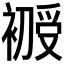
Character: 𰠇